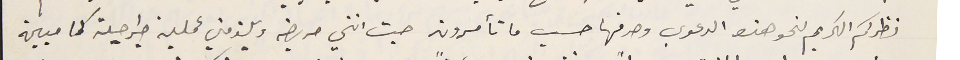
نظركم الكريم لنحو هذه الدعوي وصرفها حسب ما تأمرون حيث انني مريضه ويلزمني عملية جراحية كما مبين